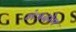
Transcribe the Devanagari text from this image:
मंत्रदोष